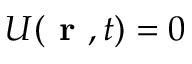
U ( \textbf { r } , t ) = 0